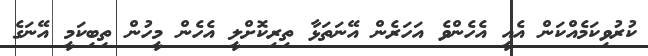
ކުރުވިކަމެއްކަން އެއީ އެހެންވެ އަހަރެން އޭނަތަޅާ ތިރިކޮށްލީ އެހެން މީހުން ތިބިކަމީ އޭނަގެ